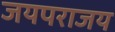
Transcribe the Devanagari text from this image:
जयपराजय